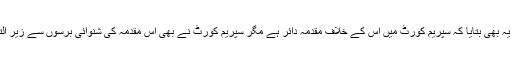
موصوف نے یہ بھی بتایا کہ سپریم کورٹ میں اس کے خلاف مقدمہ دائر ہے مگر سپریم کورٹ نے بھی اس مقدمہ کی شنوائی برسوں سے زیر التوا رکھی ہے۔